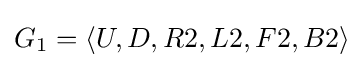
G_{1}=\langle U,D,R2,L2,F2,B2\rangle